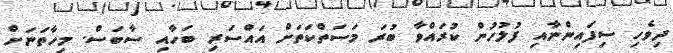
ދިވެހި ސިފައިންނާއި ފުލުހުން ކުރައްވާ ބުރަ މަސަތްކަތަށް އައްސަރި ބަހާއި ސާބަސް. މިހާތަނަށް